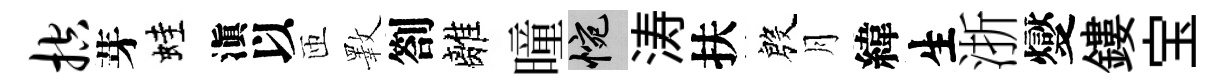
控芽蛙滇以匝斁劄離曈惋涛扶殷月緯生浙燮鏤宝